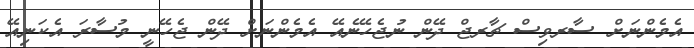
އެމެންނަށް ސާރވިސް ޗާރޖް ދޭން ނުޖެހޭނެއޭ އެމެންނަށް ދޭން ޖެހޭނީ މުސާރަ އެކަނިއޭ